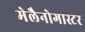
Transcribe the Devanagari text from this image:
मेलैनोगास्टर